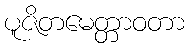
ပူဇိတမေတ္တာဝတာ